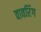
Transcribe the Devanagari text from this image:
वावरिंग